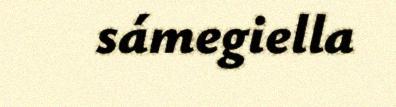
sámegiella